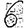
Digit: 6